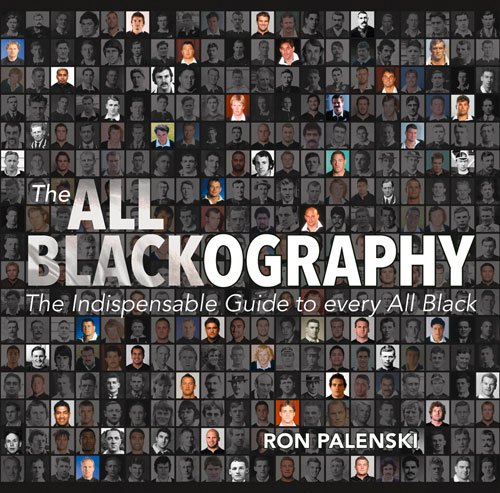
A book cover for The All Blackography: The Indispensable Guide to Every All Black; Ron Palenski; Arts & Photography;